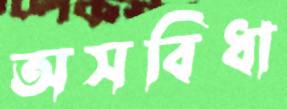
অসবিধা